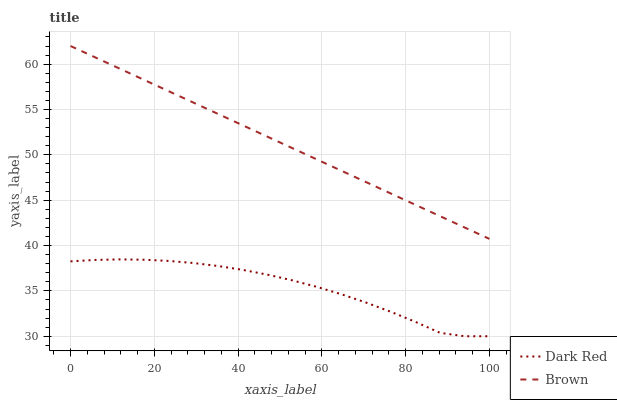
| xaxis_label | Dark Red | Brown |
 | --- | --- | --- |
 | 0 | 38.3 | 62 |
 | 5.88 | 38.4 | 60.7 |
 | 11.8 | 38.5 | 59.5 |
 | 17.6 | 38.4 | 58.2 |
 | 23.5 | 38.3 | 57 |
 | 29.4 | 38.1 | 55.7 |
 | 35.3 | 37.7 | 54.5 |
 | 41.2 | 37.3 | 53.2 |
 | 47.1 | 36.8 | 52 |
 | 52.9 | 36.2 | 50.7 |
 | 58.8 | 35.4 | 49.5 |
 | 64.7 | 34.6 | 48.2 |
 | 70.6 | 33.7 | 47 |
 | 76.5 | 32.7 | 45.7 |
 | 82.4 | 31.6 | 44.5 |
 | 88.2 | 30.4 | 43.2 |
 | 94.1 | 30 | 42 |
 | 100 | 30 | 40.7 |